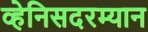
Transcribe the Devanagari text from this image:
व्हेनिसदरम्यान